65_HS1-834228961_62-HQ-83894_Section_4
Agency: FBI
Page 170
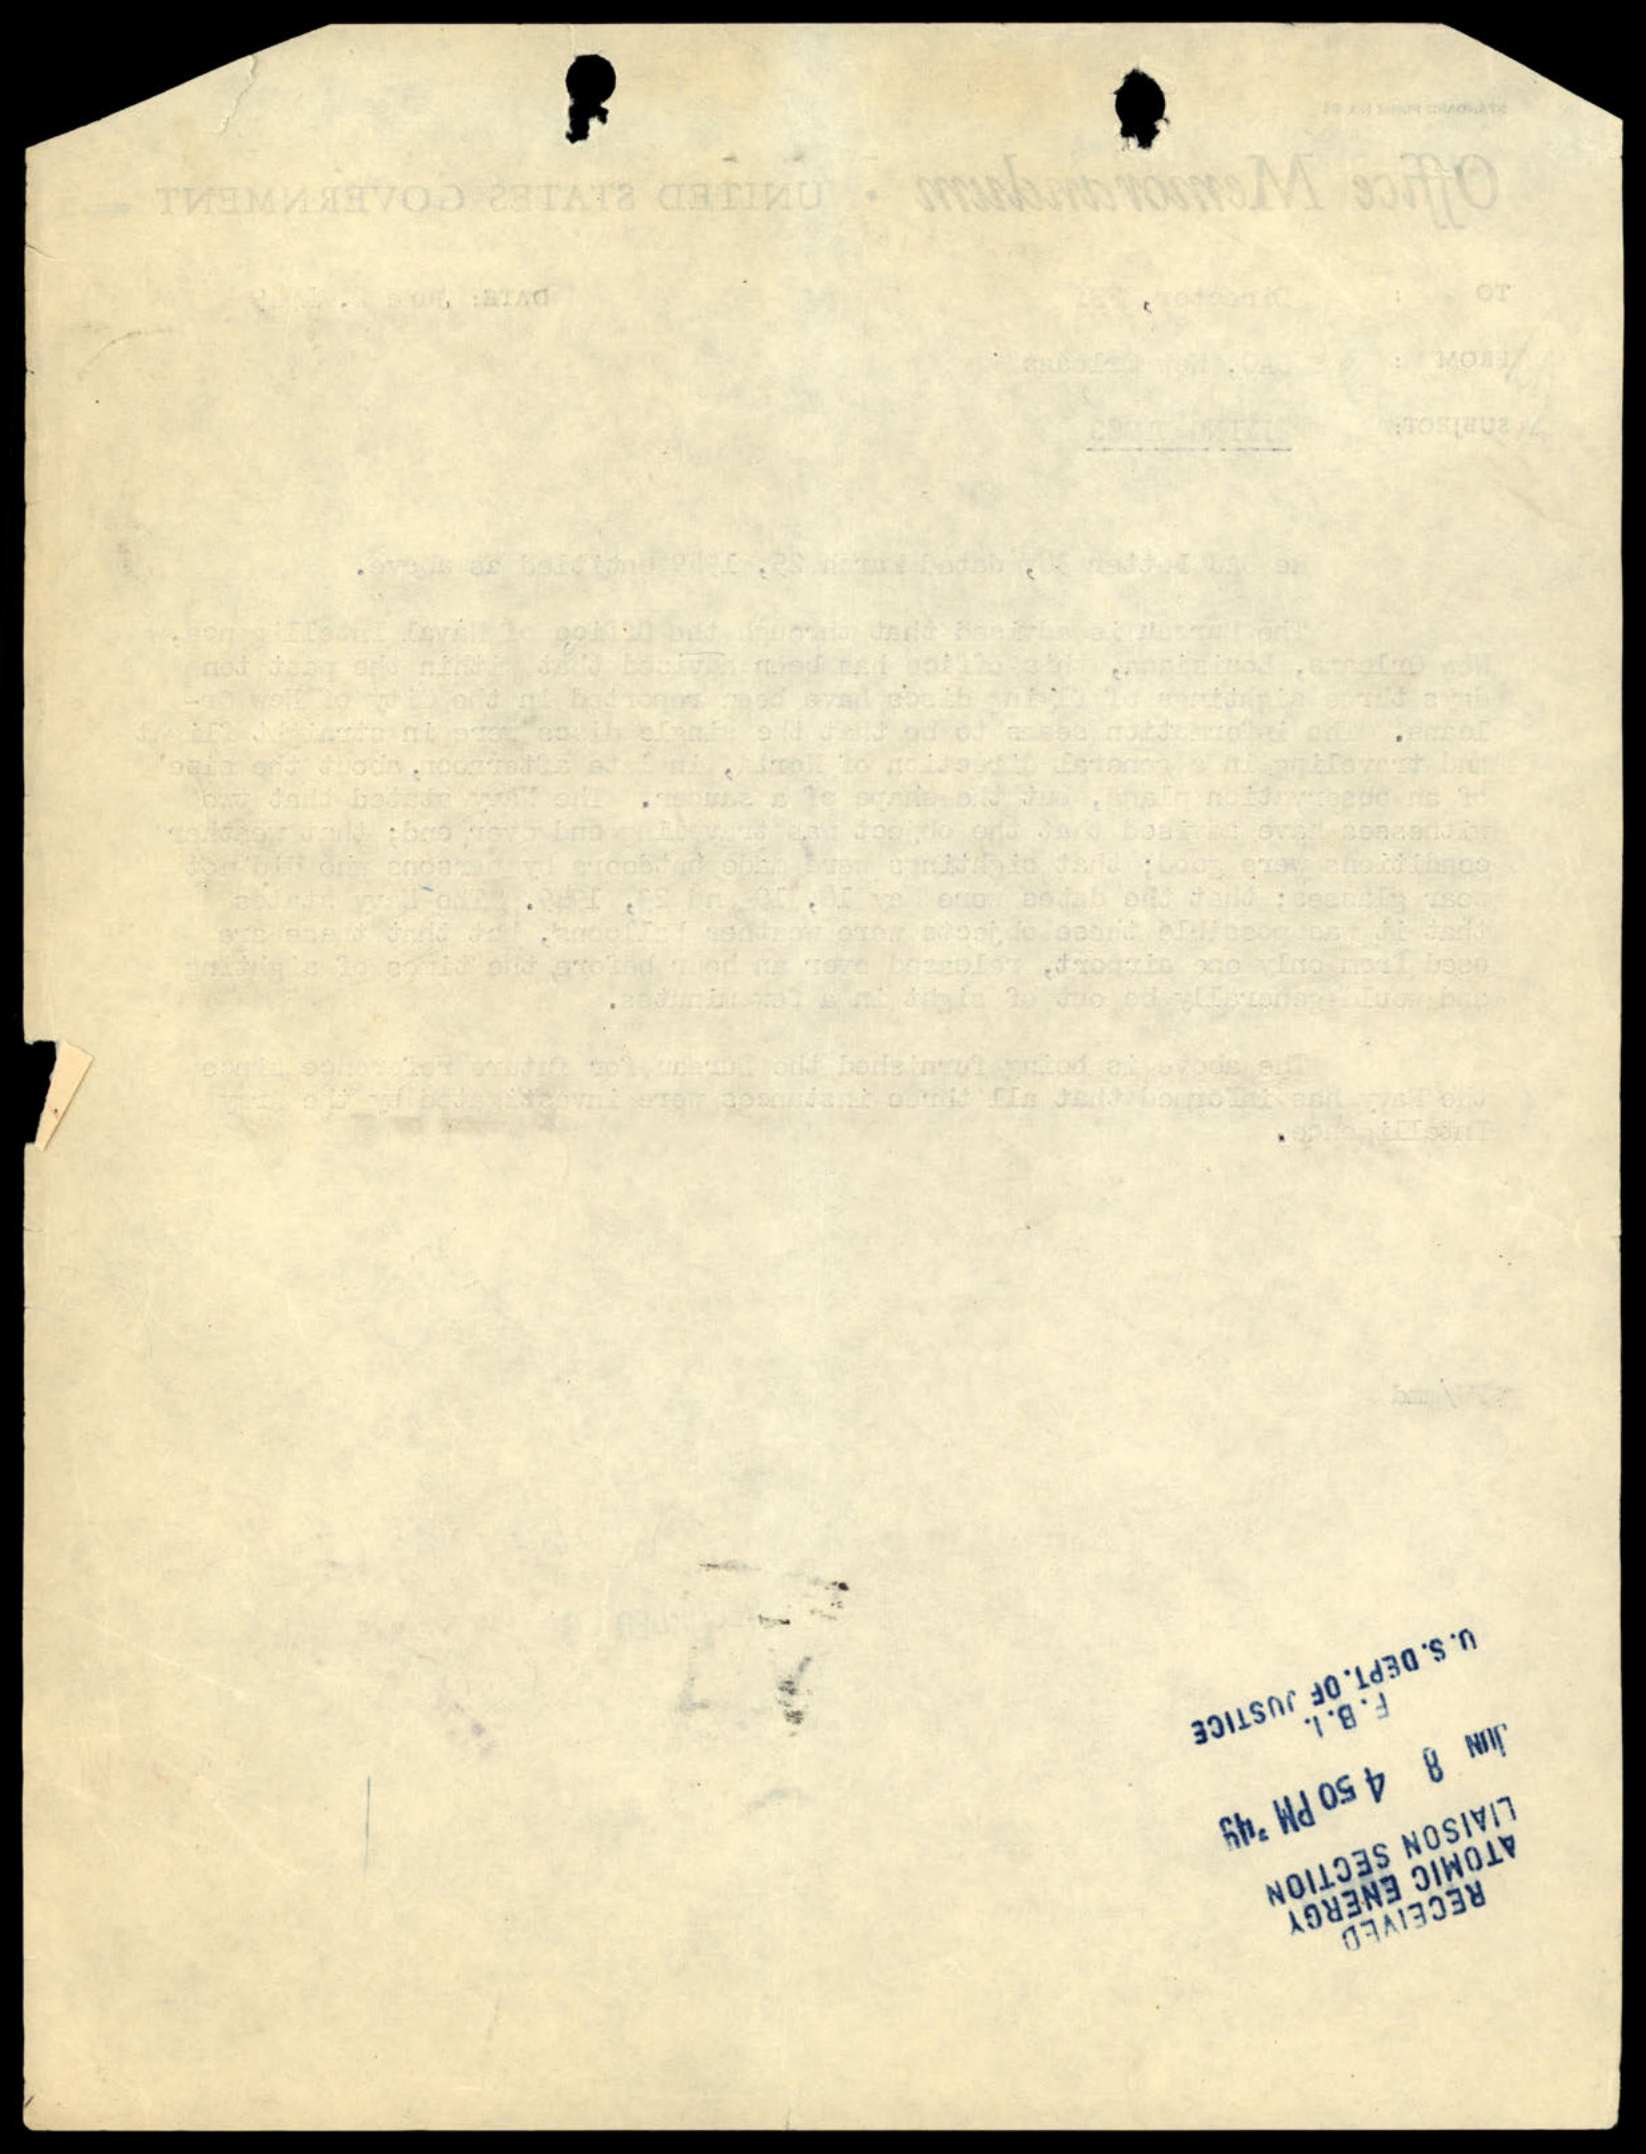